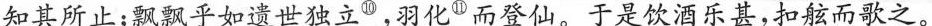
知其所止；飘飘乎如遗世独立^{⑩}，羽化^{⑪}而登仙。于是饮酒乐甚，扣舷而歌之。